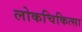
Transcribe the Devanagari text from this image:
लोकचिकित्सा